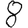
Digit: 8